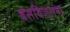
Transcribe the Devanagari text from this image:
बसविणार्‍या